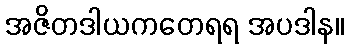
အဇိတဒါယကတေရရ အပဒါန။